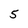
Character: 5